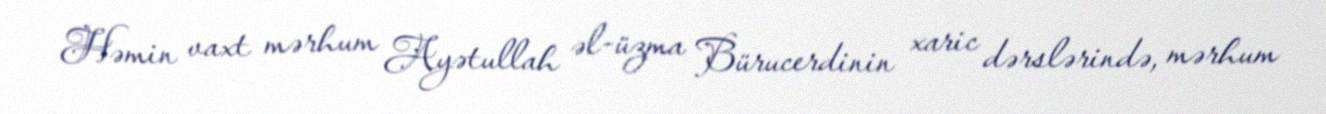
Həmin vaxt mərhum Ayətullah əl-üzma Bürucerdinin xaric dərslərində, mərhum